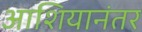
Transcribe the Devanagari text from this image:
आशियानंतर